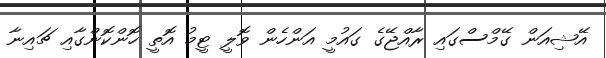
އޭޝިއަން ގޭމްސްގައި ރާއްޖޭގެ ގައުމީ އަންހެން ވޮލީ ޓީމު އޮތީ ހޮންކޮންގާއި ޗައިނާ